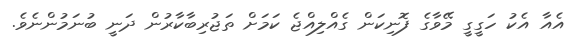
އެއާ އެކު ހަގީގީ މޭވާގެ ފޮނިކަން ގެއްލިއްޖެ ކަމަށް ތަޖުރިބާކާރުން ދަނީ ބުނަމުންނެވެ.